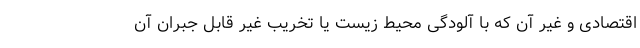
اقتصادی و غیر آن که با آلودگی محیط زیست یا تخریب غیر قابل جبران آن